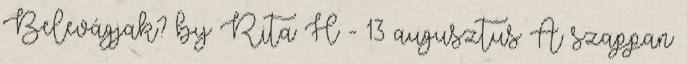
Belevágjak? by Rita H - 13 augusztus A szappan